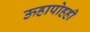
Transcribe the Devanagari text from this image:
ऊहापोहही